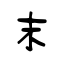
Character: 末